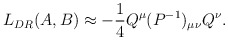
\begin{align*}L_{DR}(A,B)\approx -{1\over 4}Q^\mu (P^{-1})_{\mu\nu}Q^\nu.\end{align*}